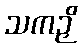
သကဉှိ